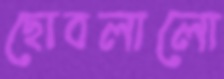
ছোবলালো